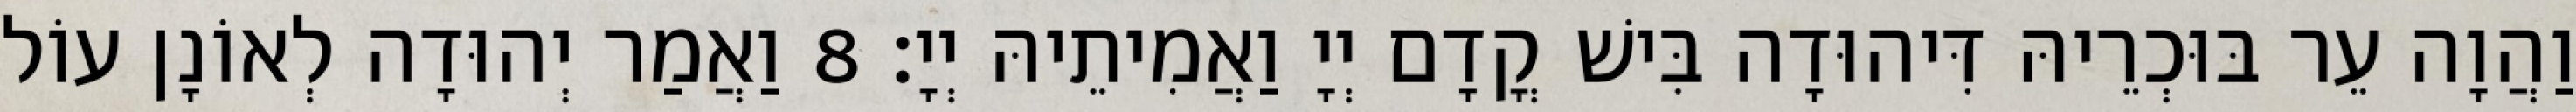
וַהֲוָה עֵר בּוּכְרֵיהּ דִּיהוּדָה בִּישׁ קֳדָם יְיָ וַאֲמִיתֵיהּ יְיָ׃ 8 וַאֲמַר יְהוּדָה לְאוֹנָן עוֹל